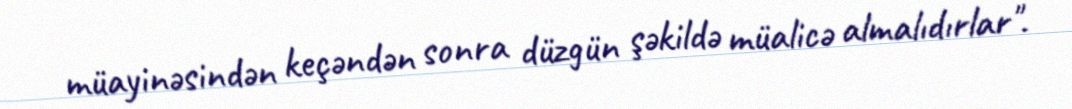
müayinəsindən keçəndən sonra düzgün şəkildə müalicə almalıdırlar".